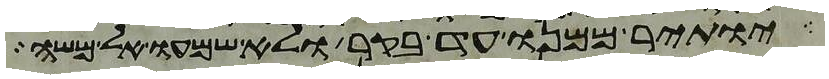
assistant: יותיר ממנו עד בקר ולא שמעו אל משה